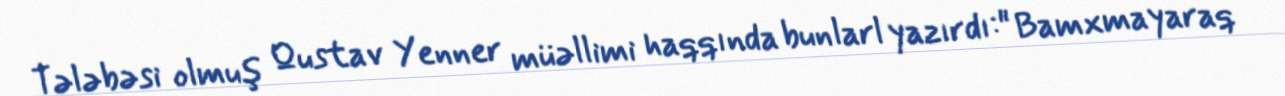
Tələbəsi olmuş Qustav Yenner müəllimi haqqında bunlarl yazırdı:" Bamxmayaraq